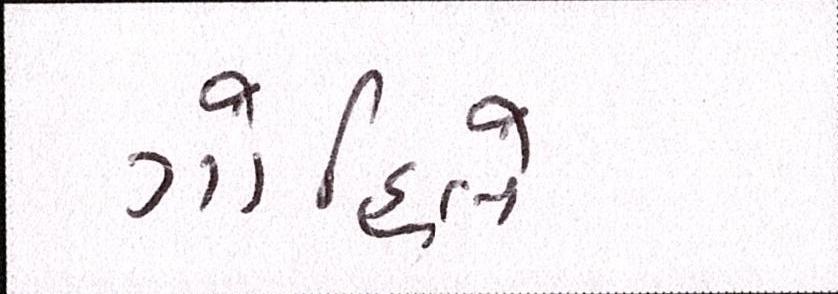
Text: ગોહિલે